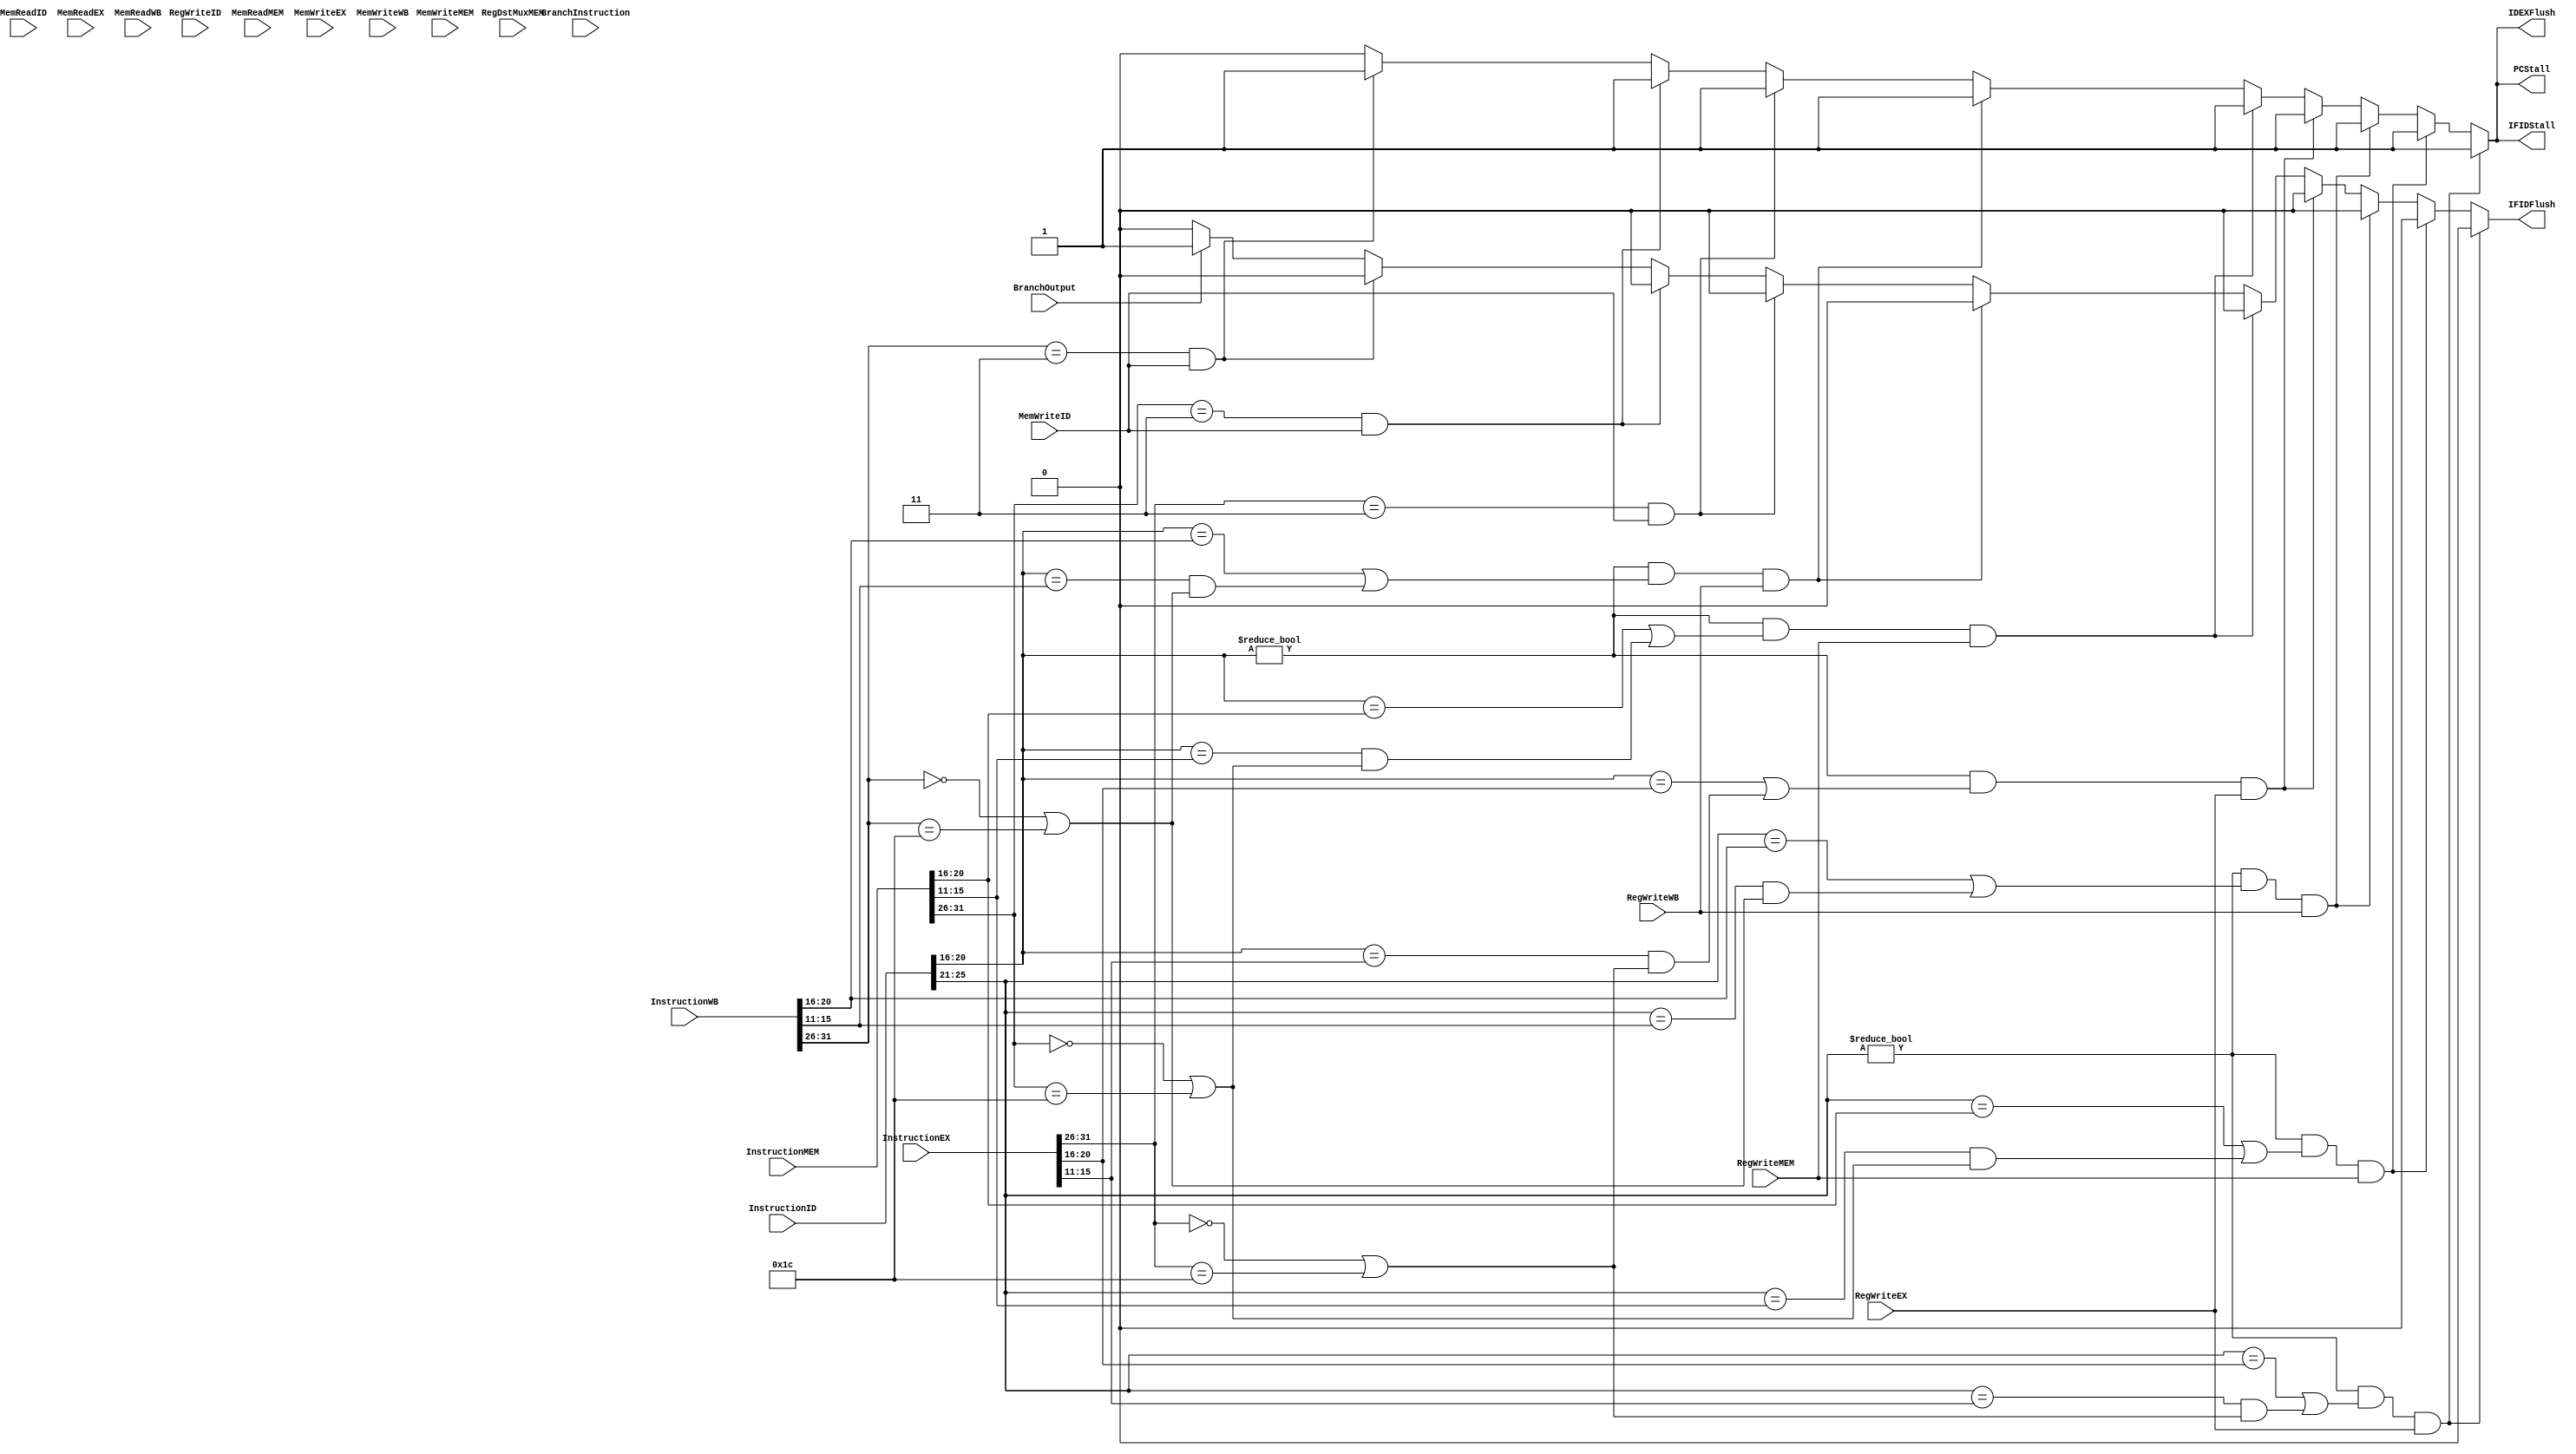
`timescale 1ns / 1ps
//////////////////////////////////////////////////////////////////////////////////
// Company: 
// Engineer: 
// 
// Design Name: 
// Module Name: HazardDetection
// Project Name: 
// Target Devices: 
// Tool Versions: 
// Description: 
// 
// Dependencies: 
// 
// Revision:
// Revision 0.01 - File Created
// Additional Comments:
// 
//////////////////////////////////////////////////////////////////////////////////


module HazardDetection (
    PCStall,
    IFIDStall,
    IFIDFlush,
    IDEXFlush,
    InstructionID,
    InstructionEX,
    InstructionMEM,
    InstructionWB,
    RegWriteID,
    RegWriteEX,
    RegWriteMEM,
    RegWriteWB,
    BranchOutput,
    BranchInstruction,
    RegDstMuxMEM,
    MemReadID,
    MemReadEX,
    MemReadMEM,
    MemReadWB,
    MemWriteID,
    MemWriteEX,
    MemWriteMEM,
    MemWriteWB
);
  input [31:0] InstructionID, InstructionEX, InstructionMEM, InstructionWB;
  input RegWriteID, RegWriteEX, RegWriteMEM, RegWriteWB, BranchOutput, MemReadID, MemReadEX, MemReadMEM, MemReadWB, MemWriteID, MemWriteEX, MemWriteMEM, MemWriteWB, BranchInstruction;
  input [4:0] RegDstMuxMEM;
  reg [3:0] debugIf;
  output reg PCStall, IFIDStall, IFIDFlush, IDEXFlush;







  always @(*) begin
    //When R-type is in EX stage and Branch in ID stage
    PCStall   <= 1'b0;
    IFIDStall <= 1'b0;
    IFIDFlush <= 1'b0;
    IDEXFlush <= 1'b0;
    debugIf   <= 0;
    //See slide in Discord chat

    //(rs(IR_ID)==destEX) && use_rs(IR_ID) && RegWriteEX 
    if ((InstructionID[25:21] != 0) && ((InstructionID[25:21] == InstructionEX[20:16]) || ((InstructionID[25:21] == InstructionEX[15:11]) && ((InstructionEX[31:26] == 6'b000000) || (InstructionEX[31:26] == 6'b011100)))) && RegWriteEX) begin
      PCStall   <= 1'b1;
      IFIDStall <= 1'b1;
      IDEXFlush <= 1'b1;
      debugIf   <= 1;
    end

    //(rs(IR_ID)==destMEM) && use_rs(IR_ID) && RegWriteMEM
    else
    if ((InstructionID[25:21] != 0) && ((InstructionID[25:21] == InstructionMEM[20:16]) || ((InstructionID[25:21] == InstructionMEM[15:11]) && ((InstructionMEM[31:26] == 6'b000000) || (InstructionMEM[31:26] == 6'b011100)))) && RegWriteMEM) begin
      PCStall   <= 1'b1;
      IFIDStall <= 1'b1;
      IDEXFlush <= 1'b1;
      debugIf   <= 2;
    end

    //(rs(IR_ID)==destWB) && use_rs(IR_ID) && RegWriteWB 
    else
    if ((InstructionID[25:21] != 0) && ((InstructionID[25:21] == InstructionWB[20:16]) || ((InstructionID[25:21] == InstructionWB[15:11]) && ((InstructionWB[31:26] == 6'b000000) || (InstructionWB[31:26] == 6'b011100)))) && RegWriteWB) begin
      PCStall   <= 1'b1;
      IFIDStall <= 1'b1;
      IDEXFlush <= 1'b1;
      debugIf   <= 3;
    end

    //(rt(IR_ID)==destEX) && use_rs(IR_ID) && RegWriteEX
    else
    if ((InstructionID[20:16] != 0) && ((InstructionID[20:16] == InstructionEX[20:16]) || ((InstructionID[20:16] == InstructionEX[15:11]) && ((InstructionEX[31:26] == 6'b000000) || (InstructionEX[31:26] == 6'b011100)))) && RegWriteEX) begin
      PCStall   <= 1'b1;
      IFIDStall <= 1'b1;
      IDEXFlush <= 1'b1;
      debugIf   <= 4;
    end

    //(rt(IR_ID)==destMEM) && use_rs(IR_ID) && RegWriteMEM
    else
    if ((InstructionID[20:16] != 0) && ((InstructionID[20:16] == InstructionMEM[20:16]) || ((InstructionID[20:16] == InstructionMEM[15:11]) && ((InstructionMEM[31:26] == 6'b000000) || (InstructionMEM[31:26] == 6'b011100)))) && RegWriteMEM) begin
      PCStall   <= 1'b1;
      IFIDStall <= 1'b1;
      IDEXFlush <= 1'b1;
      debugIf   <= 5;
    end

    //(rt(IR_ID)==destWB) && use_rs(IR_ID) && RegWriteWB
    else
    if ((InstructionID[20:16] != 0) && ((InstructionID[20:16] == InstructionWB[20:16]) || ((InstructionID[20:16] == InstructionWB[15:11]) && ((InstructionWB[31:26] == 6'b000000) || (InstructionWB[31:26] == 6'b011100)))) && RegWriteWB) begin
      PCStall   <= 1'b1;
      IFIDStall <= 1'b1;
      IDEXFlush <= 1'b1;
      debugIf   <= 6;
    end

    //To resolve jal to sw dependency when jal is in execute 
    else
    if ((InstructionEX[31:26] == 6'b000011 && MemWriteID == 1'b1)) begin
      PCStall   <= 1'b1;
      IFIDStall <= 1'b1;
      IDEXFlush <= 1'b1;
      debugIf   <= 7;
    end

    //To resolve jal to sw dependency when jal is in memory
    else
    if ((InstructionMEM[31:26] == 6'b000011 && MemWriteID == 1'b1)) begin
      PCStall   <= 1'b1;
      IFIDStall <= 1'b1;
      IDEXFlush <= 1'b1;
      debugIf   <= 8;
    end
    //To resolve jal to sw dependency when jal is in write-back
  else
    if ((InstructionWB[31:26] == 6'b000011 && MemWriteID == 1'b1)) begin
      PCStall   <= 1'b1;
      IFIDStall <= 1'b1;
      IDEXFlush <= 1'b1;
      debugIf   <= 9;
    end
	//Branch taken
	else
    if ((BranchOutput == 1'b1)) begin
      IFIDFlush <= 1'b1;
      debugIf   <= 10;
    end
  end

  //Branch after R-type
  // 	if((BranchInstruction == 1'b1) && (RegWriteEX == 1'b1) && ((InstructionEX[15:11] == InstructionID[25:21]) || (InstructionEX[15:11] == InstructionID[20:16]))) begin
  // 		PCStall   <= 1'b1;
  // 		IFIDStall <= 1'b1;
  // 		IDEXFlush <= 1'b1;
  // 	end
  // 	else if((BranchInstruction == 1'b1) && (RegWriteMEM == 1'b1) && ((InstructionMEM[15:11] == InstructionID[25:21]) || (InstructionMEM[15:11] == InstructionID[20:16]))) begin
  // 		PCStall   <= 1'b1;
  // 		IFIDStall <= 1'b1;
  // 		IDEXFlush <= 1'b1;
  // 	end
  // 	else if((BranchInstruction == 1'b1) && (RegWriteWB == 1'b1) && ((InstructionWB[15:11] == InstructionID[25:21]) || (InstructionWB[15:11] == InstructionID[20:16]))) begin
  // 		PCStall   <= 1'b1;
  // 		IFIDStall <= 1'b1;
  // 		IDEXFlush <= 1'b1;
  // 	end
  // 	//When I-type is in EX and Branch is in ID
  // 	else if ((RegWriteEX == 1'b1 && BranchInstruction == 1'b1) && ((InstructionEX[20:16] == InstructionID[25:21]) || (InstructionEX[20:16] == InstructionID[20:16]))) begin
  // 		PCStall   <= 1'b1;
  // 		IFIDStall <= 1'b1;
  // 		IDEXFlush <= 1'b1;
  // 	end
  // 	//When I-type is in MEM and Branch is in ID
  // 	else if ((RegWriteMEM == 1'b1 && BranchInstruction == 1'b1) && ((InstructionMEM[20:16] == InstructionID[25:21]) || (InstructionMEM[20:16] == InstructionID[20:16]))) begin
  // 		PCStall   <= 1'b1;
  // 		IFIDStall <= 1'b1;
  // 		IDEXFlush <= 1'b1;
  // 	end
  // 	//When I-type is in WB and Branch is in ID
  // 	else if ((RegWriteWB == 1'b1 && BranchInstruction == 1'b1) && ((InstructionWB[20:16] == InstructionID[25:21]) || (InstructionWB[20:16] == InstructionID[20:16]))) begin
  // 		PCStall   <= 1'b1;
  // 		IFIDStall <= 1'b1;
  // 		IDEXFlush <= 1'b1;
  // 	end
  // 	//Branch taken
  // 	else if((BranchOutput == 1'b1)) begin
  // 		IFIDFlush <= 1'b1;
  // 	end
  // 	//When R-type is in EX and R-type is in ID
  // 	else if ((RegWriteEX == 1'b1 && RegWriteID == 1'b1) && ((InstructionEX[15:11] == InstructionID[25:21]) || (InstructionEX[15:11] == InstructionID[20:16]))) begin
  // 		PCStall   <= 1'b1;
  // 		IFIDStall <= 1'b1;
  // 		IDEXFlush <= 1'b1;
  // 	end
  // 	//When R-type is in MEM and R-type is in ID
  // 	else if ((RegWriteMEM == 1'b1 && RegWriteID == 1'b1) && ((InstructionMEM[15:11] == InstructionID[25:21]) || (InstructionMEM[15:11] == InstructionID[20:16]))) begin
  // 		PCStall   <= 1'b1;
  // 		IFIDStall <= 1'b1;
  // 		IDEXFlush <= 1'b1;
  // 	end
  // 	//When R-type is in WB and R-type is in ID
  // 	else if ((RegWriteWB == 1'b1 && RegWriteID == 1'b1) && ((InstructionWB[15:11] == InstructionID[25:21]) || (InstructionWB[15:11] == InstructionID[20:16]))) begin
  // 		PCStall   <= 1'b1;
  // 		IFIDStall <= 1'b1;
  // 		IDEXFlush <= 1'b1;
  // 	end

  // 	//When I-type is in EX and store is in ID
  // 	else if ((RegWriteEX == 1'b1 && MemWriteID == 1'b1) && ((InstructionEX[20:16] == InstructionID[25:21]))) begin
  // 		PCStall   <= 1'b1;
  // 		IFIDStall <= 1'b1;
  // 		IDEXFlush <= 1'b1;
  // 	end
  // 	//When I-type is in MEM and store is in ID
  // 	else if ((RegWriteMEM == 1'b1 && MemWriteID == 1'b1) && ((InstructionMEM[20:16] == InstructionID[25:21]))) begin
  // 		PCStall   <= 1'b1;
  // 		IFIDStall <= 1'b1;
  // 		IDEXFlush <= 1'b1;
  // 	end
  // 	//When I-type is in WB and store is in ID
  // 	else if ((RegWriteWB == 1'b1 && MemWriteID == 1'b1) && ((InstructionWB[20:16] == InstructionID[25:21]))) begin
  // 		PCStall   <= 1'b1;
  // 		IFIDStall <= 1'b1;
  // 		IDEXFlush <= 1'b1;
  // 	end

  // 	//When lw is in EX and R-type is in ID
  // 	else if ((MemReadEX == 1'b1 && RegWriteID == 1'b1) && ((InstructionEX[20:16] == InstructionID[25:21]) || (InstructionEX[20:16] == InstructionID[20:16]))) begin
  // 		PCStall   <= 1'b1;
  // 		IFIDStall <= 1'b1;
  // 		IDEXFlush <= 1'b1;
  // 	end
  // 	//When lw is in MEM and R-type is in ID
  // 	else if ((MemReadMEM == 1'b1 && RegWriteID == 1'b1) && ((InstructionMEM[20:16] == InstructionID[25:21]) || (InstructionMEM[20:16] == InstructionID[20:16]))) begin
  // 		PCStall   <= 1'b1;
  // 		IFIDStall <= 1'b1;
  // 		IDEXFlush <= 1'b1;
  // 	end
  // 		//When lw is in WB and R-type is in ID
  // 	else if ((MemReadWB == 1'b1 && RegWriteID == 1'b1) && ((InstructionWB[20:16] == InstructionID[25:21]) || (InstructionWB[20:16] == InstructionID[20:16]))) begin
  // 		PCStall   <= 1'b1;
  // 		IFIDStall <= 1'b1;
  // 		IDEXFlush <= 1'b1;
  // 	end

  // 	//When I-type is in EX and lw is in ID
  // 	else if ((RegWriteEX == 1'b1 && MemReadID == 1'b1) && ((InstructionEX[20:16] == InstructionID[25:21]) || (InstructionEX[20:16] == InstructionID[20:16]))) begin
  // 		PCStall   <= 1'b1;
  // 		IFIDStall <= 1'b1;
  // 		IDEXFlush <= 1'b1;
  // 	end
  // 	//When I-type is in MEM and lw is in ID
  // 	else if ((RegWriteMEM == 1'b1 && MemReadID == 1'b1) && ((InstructionMEM[20:16] == InstructionID[25:21]) || (InstructionMEM[20:16] == InstructionID[20:16]))) begin
  // 		PCStall   <= 1'b1;
  // 		IFIDStall <= 1'b1;
  // 		IDEXFlush <= 1'b1;
  // 	end
  // 		//When I-type is in WB and lw is in ID
  // 	else if ((RegWriteWB == 1'b1 && MemReadID == 1'b1) && ((InstructionWB[20:16] == InstructionID[25:21]) || (InstructionWB[20:16] == InstructionID[20:16]))) begin
  // 		PCStall   <= 1'b1;
  // 		IFIDStall <= 1'b1;
  // 		IDEXFlush <= 1'b1;
  // 	end
  //     //When I-type is in EX stage and R-type is in ID stage
  //   else if ((RegWriteEX == 1'b1 && RegWriteID == 1'b1) && ((InstructionEX[20:16] == InstructionID[25:21]) || (InstructionEX[20:16] == InstructionID[20:16])))
  //   begin
  //        PCStall   <= 1'b1;
  //        IFIDStall <= 1'b1;
  //        IDEXFlush <= 1'b1;
  //      end

  //   //When I-type is in MEM stage and R-type is in ID stage
  //      else if ((RegWriteMEM == 1'b1 && RegWriteID == 1'b1) && ((InstructionMEM[20:16] == InstructionID[25:21]) || (InstructionMEM[20:16] == InstructionID[20:16])))
  //    begin
  //        PCStall   <= 1'b1;
  //        IFIDStall <= 1'b1;
  //        IDEXFlush <= 1'b1;
  //      end
  //   //When I-type is in WB stage and R-type is in ID stage
  //      else if ((RegWriteWB == 1'b1 && RegWriteID == 1'b1) && ((InstructionWB[20:16] == InstructionID[25:21]) || (InstructionWB[20:16] == InstructionID[20:16])))
  //    begin
  //        PCStall   <= 1'b1;
  //        IFIDStall <= 1'b1;
  //        IDEXFlush <= 1'b1;
  //      end

  // 	     //When I-type is in EX stage and sw is in ID stage
  //   else if ((RegWriteEX == 1'b1 && MemWriteID == 1'b1) && ((InstructionEX[20:16] == InstructionID[25:21]) || (InstructionEX[20:16] == InstructionID[20:16])))
  //   begin
  //        PCStall   <= 1'b1;
  //        IFIDStall <= 1'b1;
  //        IDEXFlush <= 1'b1;
  //      end

  //   //When I-type is in MEM stage and sw is in ID stage
  //      else if ((RegWriteMEM == 1'b1 && MemWriteID == 1'b1) && ((InstructionMEM[20:16] == InstructionID[25:21]) || (InstructionMEM[20:16] == InstructionID[20:16])))
  //    begin
  //        PCStall   <= 1'b1;
  //        IFIDStall <= 1'b1;
  //        IDEXFlush <= 1'b1;
  //      end
  //   //When I-type is in WB stage and sw is in ID stage
  //      else if ((RegWriteWB == 1'b1 && MemWriteID == 1'b1) && ((InstructionWB[20:16] == InstructionID[25:21]) || (InstructionWB[20:16] == InstructionID[20:16])))
  //    begin
  //        PCStall   <= 1'b1;
  //        IFIDStall <= 1'b1;
  //        IDEXFlush <= 1'b1;
  //      end
  //   end
endmodule